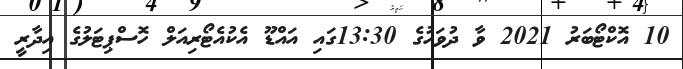
10 އޮކްޓޯބަރު 2021 ވާ ދުވަހުގެ 13:30ގައި އައްޑޫ އެކުއެޓޯރިއަލް ހޮސްޕިޓަލުގެ އިދާރީ